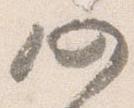
仍